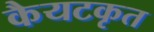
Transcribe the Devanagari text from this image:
कैयटकृत